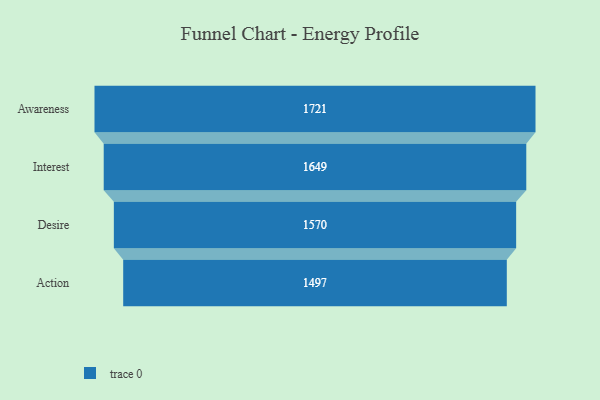
{"axis": {"x": "Stage", "y": "Value"}, "legend": [""], "data": [{"x": "Awareness", "y": 1721.0, "type": ""}, {"x": "Interest", "y": 1649.0, "type": ""}, {"x": "Desire", "y": 1570.0, "type": ""}, {"x": "Action", "y": 1497.0, "type": ""}]}